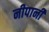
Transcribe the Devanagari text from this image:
नीपानी